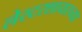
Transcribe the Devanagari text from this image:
लेस्टरशायरच्या